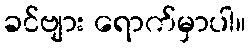
ခင်ဗျား ရောက်မှာပါ။